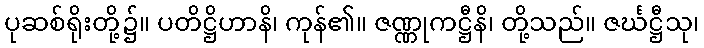
ပုဆစ်ရိုးတို့၌။ ပတိဋ္ဌိဟာနိ၊ ကုန်၏။ ဇဏ္ဏုကဋ္ဌီနိ၊ တို့သည်။ ဇင်္ဃဋ္ဌီသု၊